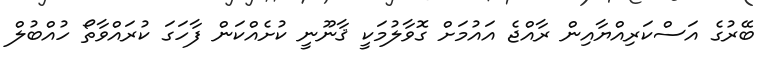
ބޭރުގެ އަސްކަރިއްޔާއިން ރާއްޖެ އައުމަށް ގޮވާލުމަކީ ޤާނޫނީ ކުށެއްކަން ފާހަގަ ކުރައްވާތޯ ހުއްބުލް